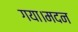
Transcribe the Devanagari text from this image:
गया।मदन